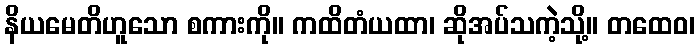
နိယမေတိဟူသော စကားကို။ ကထိတံယထာ၊ ဆိုအပ်သကဲ့သို့။ တထေဝ၊